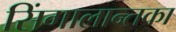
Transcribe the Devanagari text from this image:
सिंगालान्तका